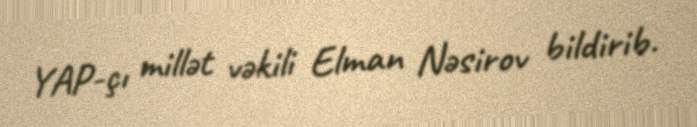
YAP-çı millət vəkili Elman Nəsirov bildirib.